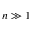
n \gg 1